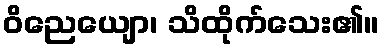
ဝိညေယျော၊ သိထိုက်သေး၏။